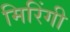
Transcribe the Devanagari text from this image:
मिरिंगी